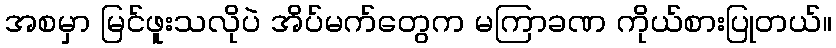
အစမှာ မြင်ဖူးသလိုပဲ အိပ်မက်တွေက မကြာခဏ ကိုယ်စားပြုတယ်။